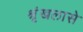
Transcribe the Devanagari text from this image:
श्रृंखलासे